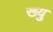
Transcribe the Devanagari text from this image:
ख्यु